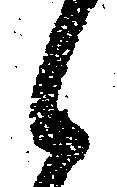
候